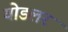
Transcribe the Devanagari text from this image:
योडलर